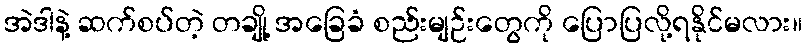
အဲဒါနဲ့ ဆက်စပ်တဲ့ တချို့ အခြေခံ စည်းမျဉ်းတွေကို ပြောပြလို့ရနိုင်မလား။